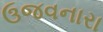
ઉજવનારા